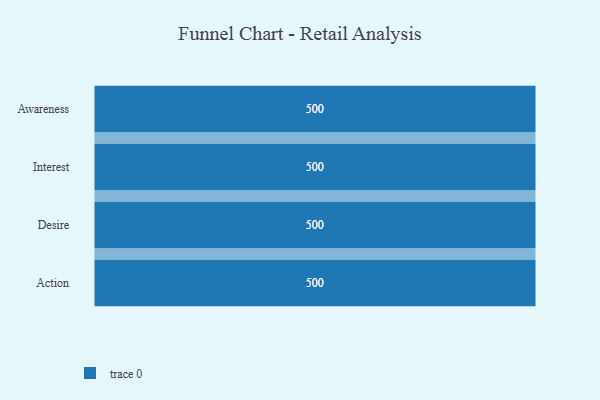
{"axis": {"x": "Stage", "y": "Value"}, "legend": [""], "data": [{"x": "Awareness", "y": 500, "type": ""}, {"x": "Interest", "y": 500, "type": ""}, {"x": "Desire", "y": 500, "type": ""}, {"x": "Action", "y": 500, "type": ""}]}